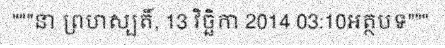
"""នា ព្រហស្បតិ៍, 13 វិច្ឆិកា 2014 03:10អត្ថបទ"""